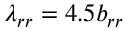
\lambda _ { r r } = 4 . 5 b _ { r r }